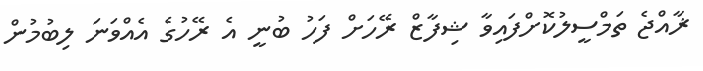
ޜާއްޖެ ތަމްސީލުކޮށްފައިވާ ޝިފާޒް ރޭހަށް ފަހު ބުނީ އެ ރޭހުގެ އެއްވަނަ ލިބުމުން